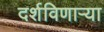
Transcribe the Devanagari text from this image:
दर्शविणार्‍या